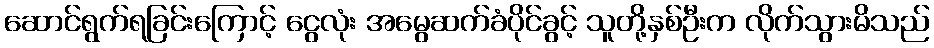
ဆောင်ရွက်ရခြင်းကြောင့် ငွေလုံး အမွေဆက်ခံပိုင်ခွင့် သူတို့နှစ်ဦးက လိုက်သွားမိသည်